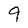
Character: 9